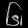
Digit: ၆